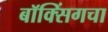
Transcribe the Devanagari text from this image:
बॉक्सिंगचा